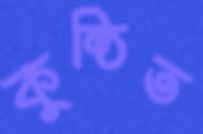
কুন্ঠিত